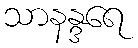
သာနန္ဒရေ